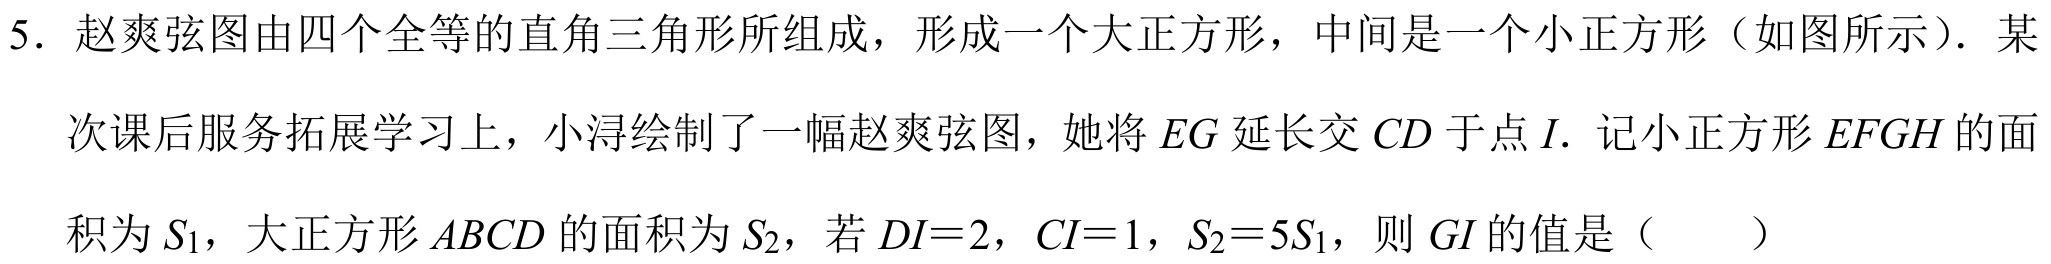
5. 赵爽弦图由四个全等的直角三角形所组成，形成一个大正方形，中间是一个小正方形（如图所示）．某
次课后服务拓展学习上，小浔绘制了一幅赵爽弦图，她将 \(EG\) 延长交 \(CD\) 于点 \(I\). 记小正方形 \(EFGH\) 的面
积为 \(S_{1}\)，大正方形 \(ABCD\) 的面积为 \(S_{2}\)，若 \(DI = 2\)，\(CI = 1\)，\(S_{2}=5S_{1}\)，则 \(GI\) 的值是（  ）